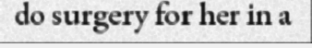
do surgery for her in a